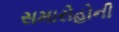
સમારોહોની